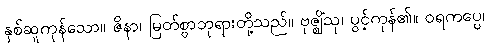
နှစ်ဆူကုန်သော။ ဇိနာ၊ မြတ်စွာဘုရားတို့သည်။ ဗုဇ္ဈိံသု၊ ပွင့်ကုန်၏။ ဝရကပ္ပေ၊